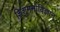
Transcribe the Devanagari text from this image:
शिशुमनोविज्ञान